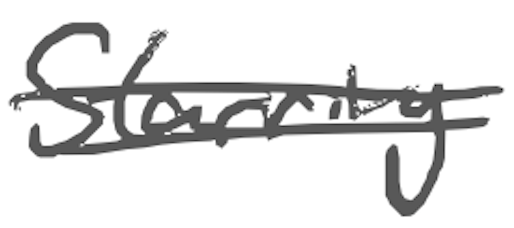
Text: starring
Cross-out: double-line
Writing tool: digital_gray